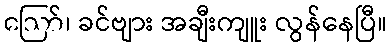
ဪ၊ ခင်ဗျား အချီးကျူး လွန်နေပြီ။